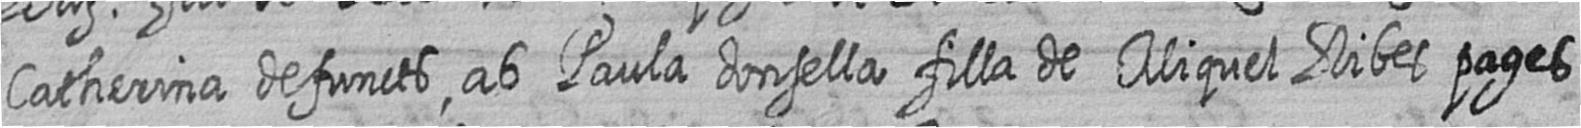
Catherina defuncts ab Paula donsella filla de Miquel Ribes pages